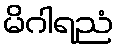
မိဂါရညံ